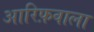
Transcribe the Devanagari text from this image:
आरिफ़वाला